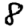
Digit: 8